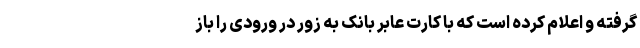
گرفته و اعلام کرده است که با کارت عابر بانک به زور در ورودی را باز